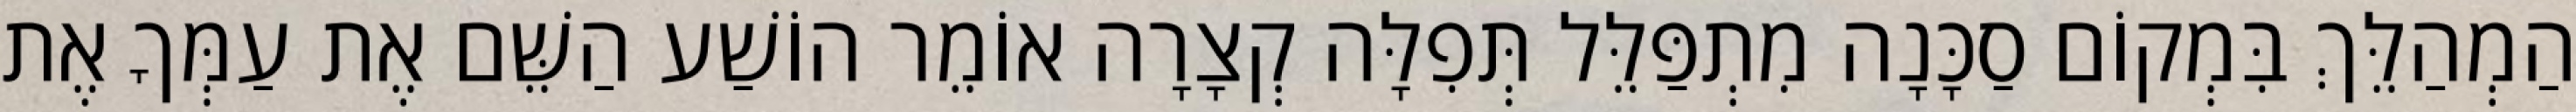
הַמְהַלֵּךְ בִּמְקוֹם סַכָּנָה מִתְפַּלֵּל תְּפִלָּה קְצָרָה אוֹמֵר הוֹשַׁע הַשֵּׁם אֶת עַמְּךָ אֶת